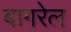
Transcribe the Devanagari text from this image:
बागरेल